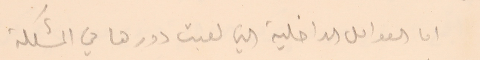
اما العوامل الداخلية التي لعبت دورها في المشكلة